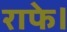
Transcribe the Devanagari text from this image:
राफे।